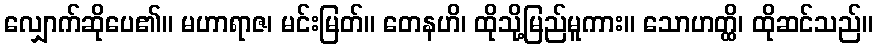
လျှောက်ဆိုပေ၏။ မဟာရာဇ၊ မင်းမြတ်။ တေနဟိ၊ ထိုသို့မြည်မူကား။ သောဟတ္ထိ၊ ထိုဆင်သည်။